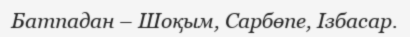
Батпадан – Шоқым, Сарбөпе, Ізбасар.